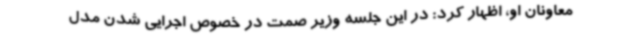
معاونان او، اظهار کرد: در این جلسه وزیر صمت در خصوص اجرایی شدن مدل